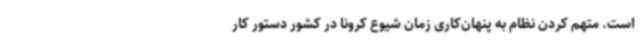
است. متهم کردن نظام به پنهان‌کاری زمان شیوع کرونا در کشور دستور کار